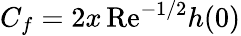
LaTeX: C_{f}=2x\, \textrm{Re}^{-1/2}h(0)